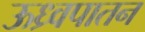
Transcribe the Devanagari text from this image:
ऊध्र्वपातन